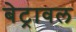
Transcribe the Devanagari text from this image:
बेट्रावल